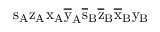
\mathrm { s _ { A } \mathrm { z _ { A } \mathrm { x _ { A } \mathrm { \overline { { y } } _ { A } \mathrm { \overline { { s } } _ { B } \mathrm { \overline { { z } } _ { B } \mathrm { \overline { { x } } _ { B } \mathrm { y _ { B } } } } } } } } }